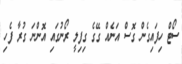
ސޯޓް ހިފައިގެން ގޮސް އަނެއް ގޭގެ ގިފިލީ ރޯނުގައި އޮންނަ ގުރާ ފެހި